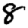
Digit: 8